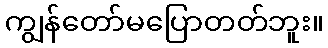
ကျွန်တော်မပြောတတ်ဘူး။